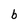
Character: b